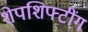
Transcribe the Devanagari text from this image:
शेपशिफ्टींग